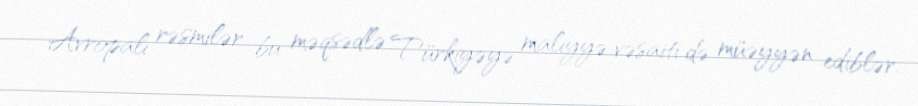
Avropalı rəsmilər bu məqsədlə Türkiyəyə maliyyə vəsaiti də müəyyən ediblər.